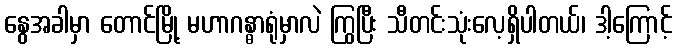
နွေအခါမှာ တောင်မြို့ မဟာဂန္ဓာရုံမှာလဲ ကြွပြီး သီတင်းသုံးလေ့ရှိပါတယ်၊ ဒါ့ကြောင့်